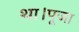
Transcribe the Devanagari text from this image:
था।पूजा